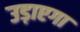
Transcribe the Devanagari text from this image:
उड़ाएगा